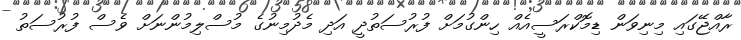
ރާއްޖޭގައި މިނިވަން ޑިމޮކްރަސީއެއް ހިންގުމަށް ފުރުސަތުދީ އަދި މެދުމިނުގެ މުސްލިމުންނަށް ވެސް ފުރުސަތު